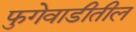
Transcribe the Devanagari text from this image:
फुगेवाडीतील